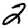
Digit: 2